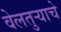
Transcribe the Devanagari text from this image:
वेलतुऱ्याचे